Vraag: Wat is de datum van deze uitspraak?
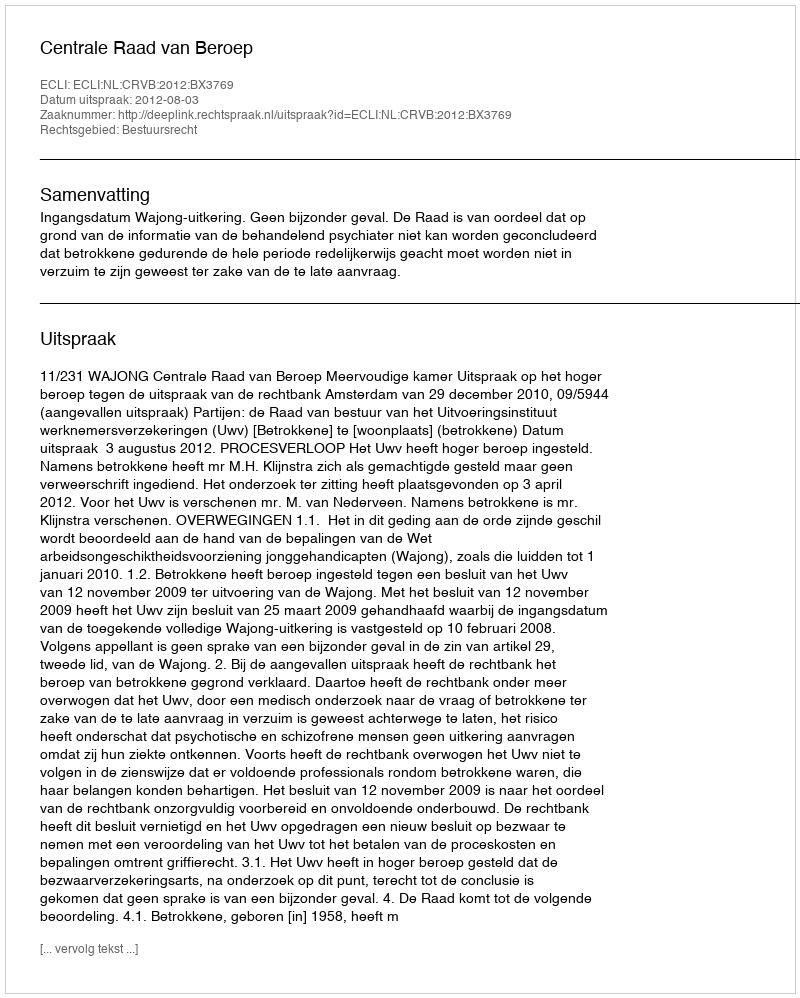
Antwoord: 2012-08-03